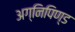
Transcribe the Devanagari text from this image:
अग्निपिण्ड